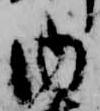
内